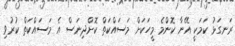
ރަނގަޅު ކަމަކީ އޭނާ ކޮންމެ މީހަކަށް މަސައްކަތް ކޮށްދިނަސް އެ މަސައްކަތް ކުރުވި